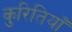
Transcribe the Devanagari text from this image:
कुरितियाँ